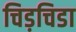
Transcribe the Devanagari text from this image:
चिड़चिडा